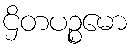
ဌိတပဉ္စမော